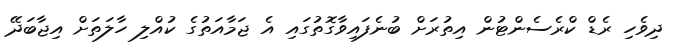
ދިވެހި ރެޑް ކްރެސެންޓުން އިތުރަށް ބުނެފައިވާގޮތުގައި އެ ޖަމާއަތުގެ ކުއްލި ހާލަތަށް އިޖާބަދޭ